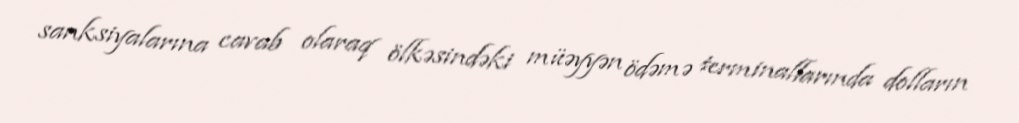
sanksiyalarına cavab olaraq ölkəsindəki müəyyən ödəmə terminallarında dolların